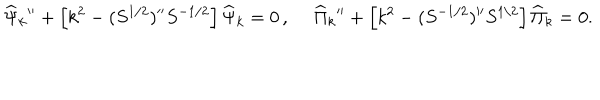
{ \widehat \Psi } _ { k } { ' ^ { \prime } } + \left[ k ^ { 2 } - ( S ^ { 1 / 2 } ) { ' ^ { \prime } } S ^ { - 1 / 2 } \right] { \widehat \Psi } _ { k } = 0 \, , ~ ~ { \widehat \Pi } _ { k } { ' ^ { \prime } } + \left[ k ^ { 2 } - ( S ^ { - 1 / 2 } ) { ' ^ { \prime } } S ^ { 1 / 2 } \right] { \widehat \Pi } _ { k } = 0 .